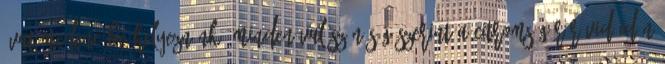
ívatómedencébe helyeznénk, minden valószínűség szerint a Citromsügér rövid időn